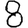
Digit: 8